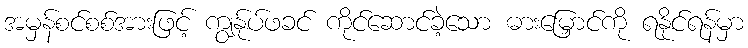
အမှန်စင်စစ်အားဖြင့် ကျွန်ုပ်ဖခင် ကိုင်ဆောင်ခဲ့သော ဓားမြှောင်ကို ရနိုင်ရန်မှာ